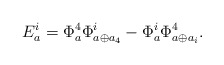
\begin{align*}E_a^i = \Phi^4_a\Phi^i_{a \oplus a_4}-\Phi^i_a\Phi^4_{a \oplus a_i}.\end{align*}